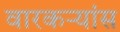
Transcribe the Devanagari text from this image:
वारकऱ्यांस